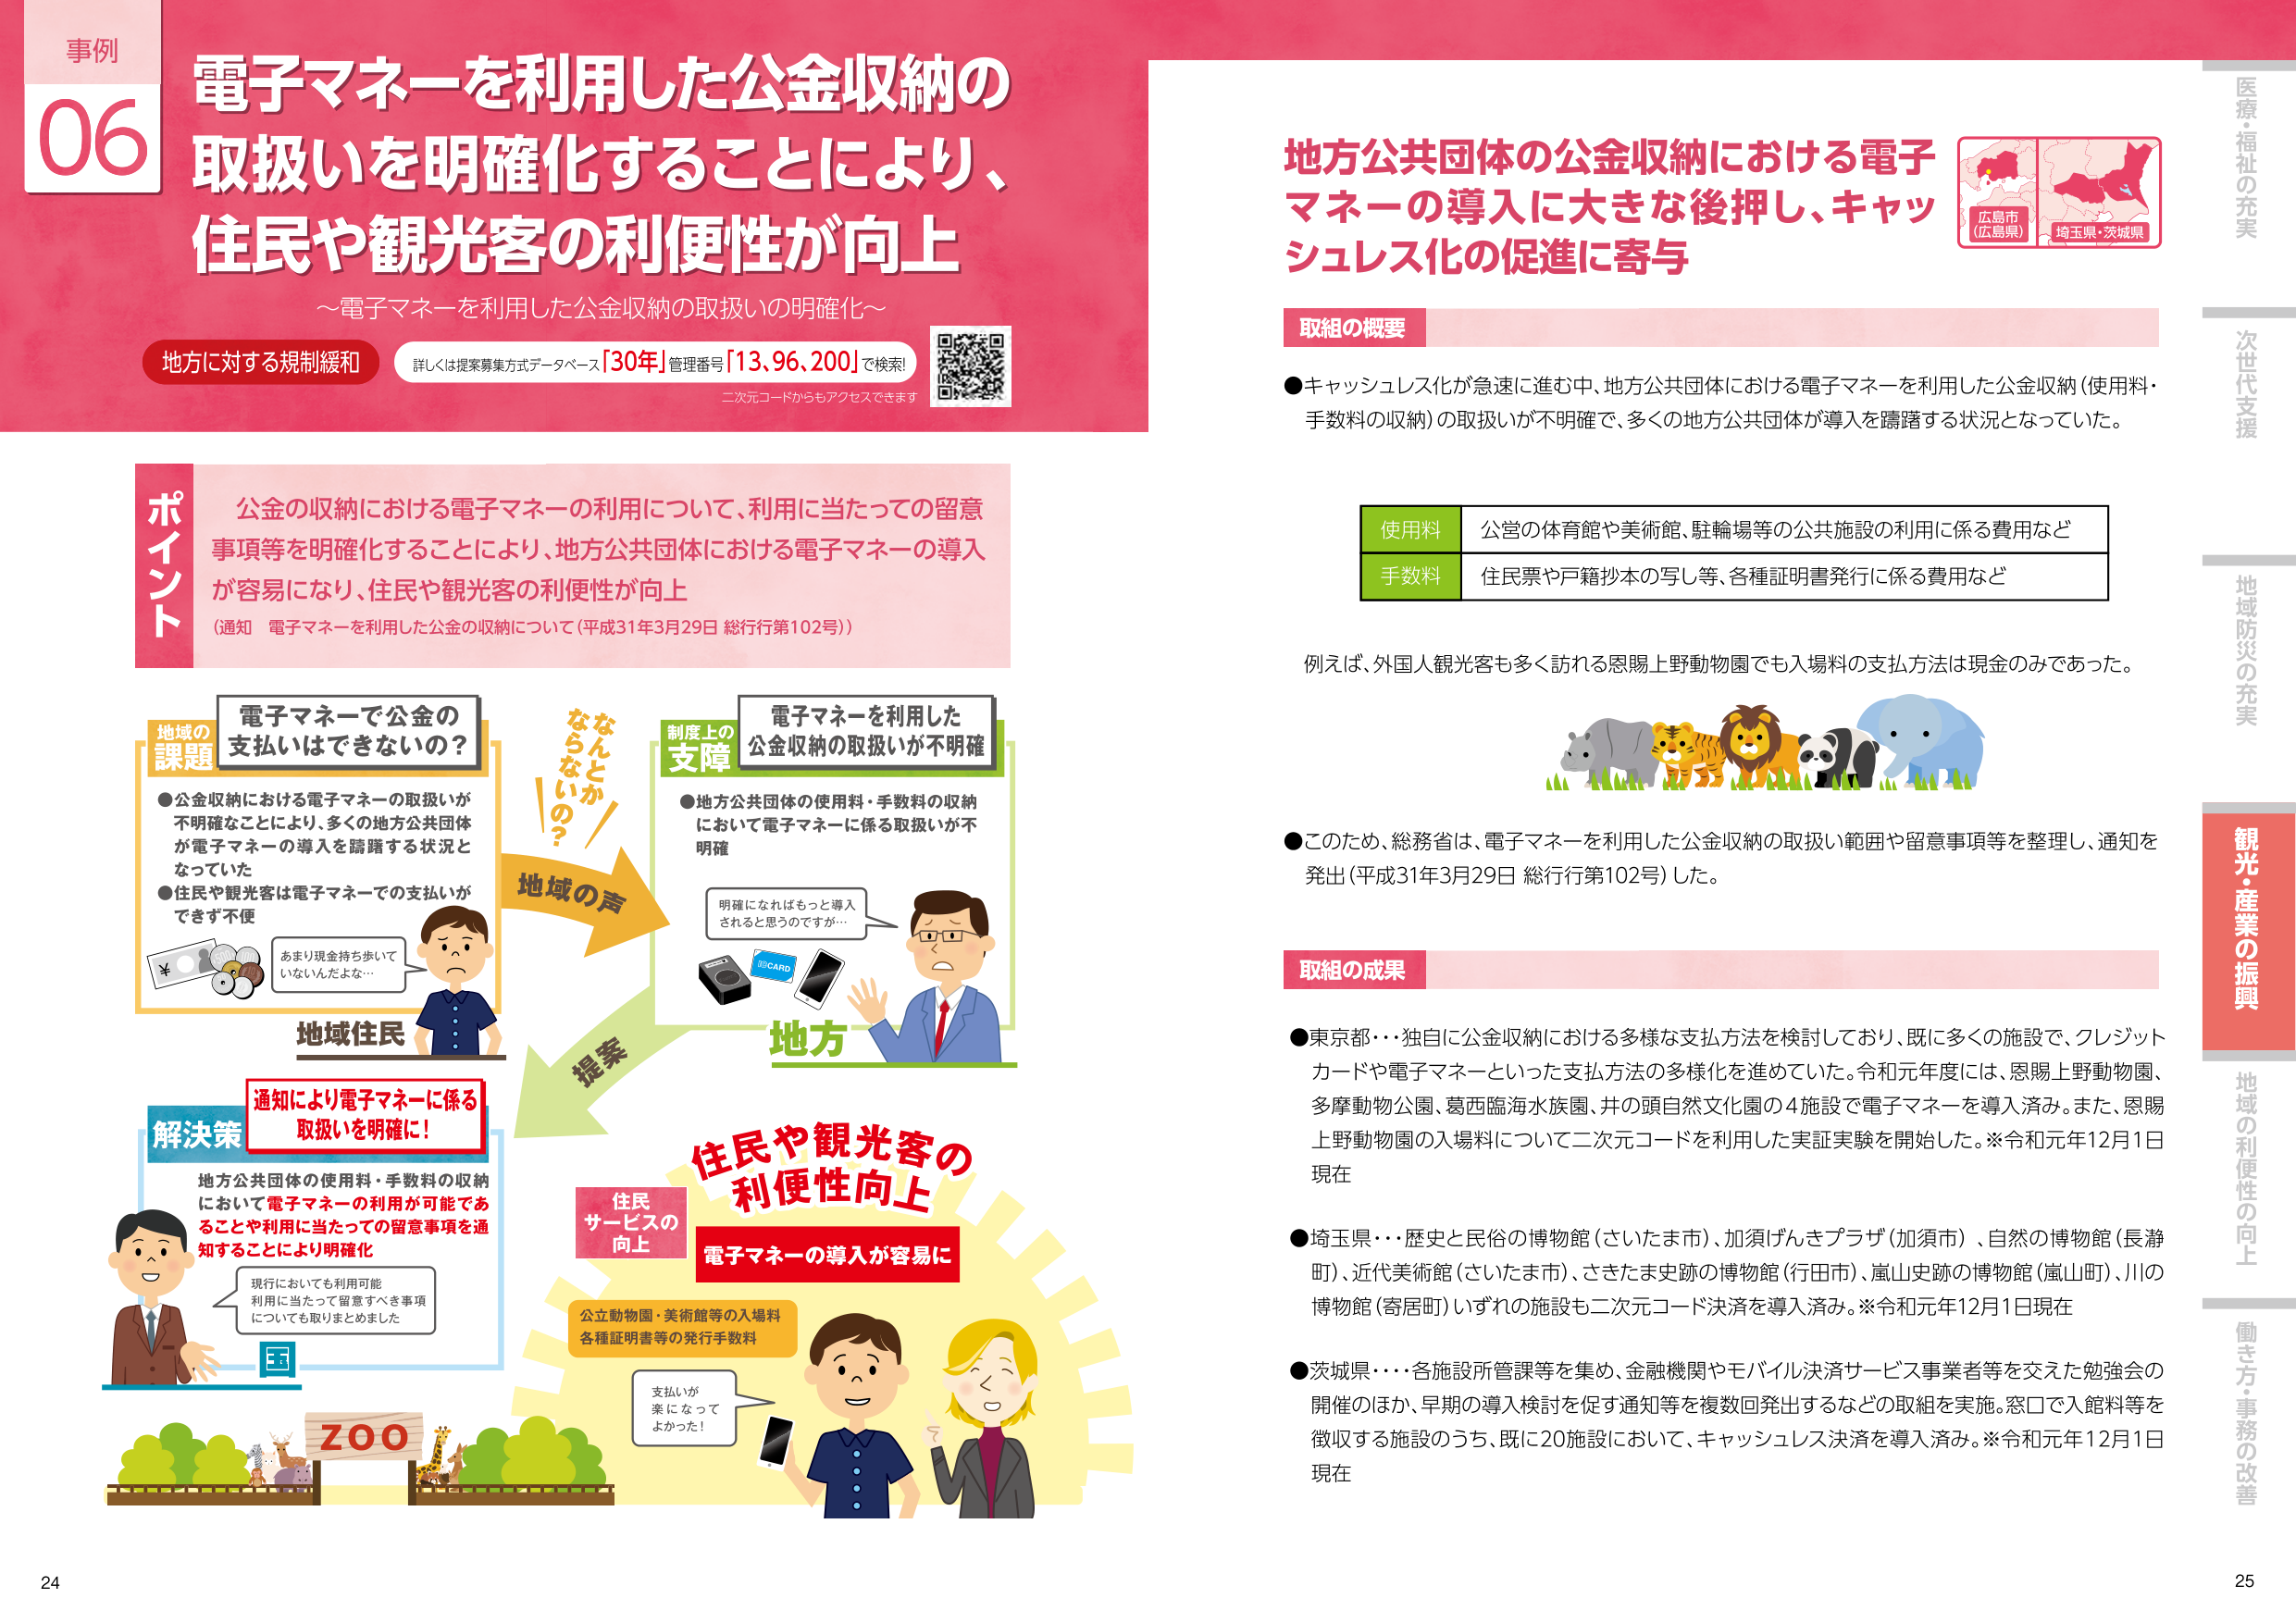
事例
06
電子マネーを利用した公金収納の
取扱いを明確化することにより、
住民や観光客の利便性が向上
～電子マネーを利用した公金収納の取扱いの明確化～
地方に対する規制緩和
詳しくは提案募集方式データベース「30年」管理番号「13.96.200」で検索!
二次元コードからもアクセスできます

ポイント
公金の収納における電子マネーの利用について、利用に当たっての留意
事項等を明確化することにより、地方公共団体における電子マネーの導入
が容易になり、住民や観光客の利便性が向上
（通知 電子マネーを利用した公金の収納について（平成31年3月29日 総行行第102号））

地域の課題
電子マネーで公金の
支払いはできないの？
●公金収納における電子マネーの取扱いが
不明確なことにより、多くの地方公共団体
が電子マネーの導入を躊躇する状況と
なっていた
●住民や観光客は電子マネーでの支払いが
できず不便
あまり現金持ち歩いて
いないんだよな…

地域の声
なんとか
ならないの？

制度上の
支障
電子マネーを利用した
公金収納の取扱いが不明確
●地方公共団体の使用料・手数料の収納
において電子マネーに係る取扱いが不
明確
明確になればもっと導入
されると思うのですが…

地方

提案

解決策
通知により電子マネーに係る
取扱いを明確に！
地方公共団体の使用料・手数料の収納
において電子マネーの利用が可能であ
ることや利用に当たっての留意事項を通
知することにより明確化
現行においても利用可能
利用に当たって留意すべき事項
についても取りまとめました

国

住民
サービスの
向上
住民や観光客の
利便性向上
電子マネーの導入が容易に
公立動物園・美術館等の入場料
各種証明書等の発行手数料
支払いが
楽になって
よかった！

ZOO

地方公共団体の公金収納における電子
マネーの導入に大きな後押し、キャッ
シュレス化の促進に寄与
取組の概要
●キャッシュレス化が急速に進む中、地方公共団体における電子マネーを利用した公金収納（使用料・
手数料の収納）の取扱いが不明確で、多くの地方公共団体が導入を躊躇する状況となっていた。

使用料
公営の体育館や美術館、駐輪場等の公共施設の利用に係る費用など
手数料
住民票や戸籍抄本の写し等、各種証明書発行に係る費用など

例えば、外国人観光客も多く訪れる恩賜上野動物園でも入場料の支払方法は現金のみであった。

●このため、総務省は、電子マネーを利用した公金収納の取扱い範囲や留意事項等を整理し、通知を
発出（平成31年3月29日 総行行第102号）した。

取組の成果
●東京都…独自に公金収納における多様な支払方法を検討しており、既に多くの施設で、クレジット
カードや電子マネーといった支払方法の多様化を進めていた。令和元年度には、恩賜上野動物園、
多摩動物公園、葛西臨海水族園、井の頭自然文化園の4施設で電子マネーを導入済み。また、恩賜
上野動物園の入場料について二次元コードを利用した実証実験を開始した。※令和元年12月1日
現在
●埼玉県…歴史と民俗の博物館（さいたま市）、加須げんきプラザ（加須市）、自然の博物館（長瀞
町）、近代美術館（さいたま市）、さきたま史跡の博物館（行田市）、嵐山史跡の博物館（嵐山町）、川の
博物館（寄居町）いずれの施設も二次元コード決済を導入済み。※令和元年12月1日現在
●茨城県…各施設所管課等を集め、金融機関やモバイル決済サービス事業者等を交えた勉強会の
開催のほか、早期の導入検討を促す通知等を複数回発出するなどの取組を実施。窓口で入館料等を
徴収する施設のうち、既に20施設において、キャッシュレス決済を導入済み。※令和元年12月1日
現在

広島市
（広島県）
埼玉県・茨城県

医療・福祉の充実
次世代支援
地域防災の充実
観光・産業の振興
地域の利便性の向上
働き方・事務の改善

24
25